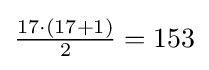
\textstyle {\frac {17\cdot (17+1)}{2}}=153